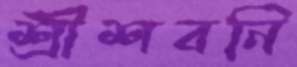
শ্রীশবনি